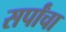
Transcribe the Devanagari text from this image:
सर्पांचा